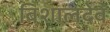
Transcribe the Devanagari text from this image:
बिशालदेव